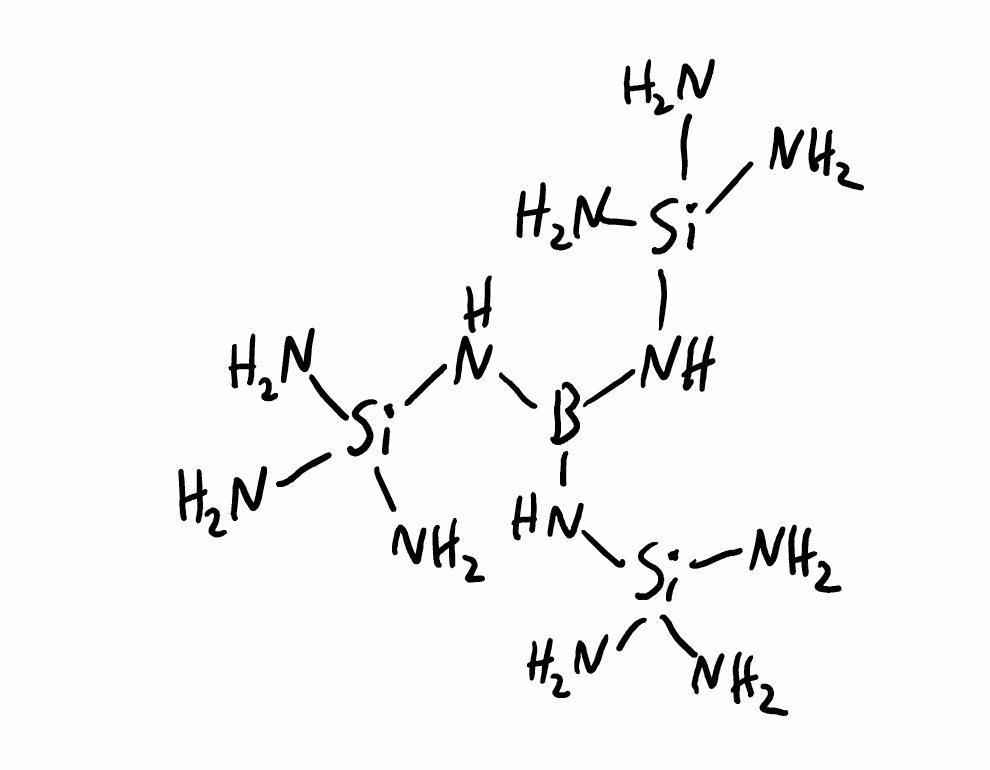
Simplified molecular-input line-entry system (SMILES) notation of the given molecule:
B(N[Si](N)(N)N)(N[Si](N)(N)N)N[Si](N)(N)N